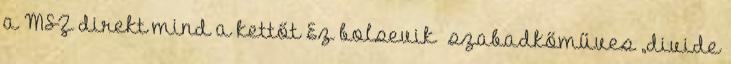
a MSZ direkt mind a kettőt Ez bolsevik szabadkőműves „divide